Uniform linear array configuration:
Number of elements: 4
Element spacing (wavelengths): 0.25
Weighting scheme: blackman
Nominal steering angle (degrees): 15
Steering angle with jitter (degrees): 16.438
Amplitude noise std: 0.05
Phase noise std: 0.05

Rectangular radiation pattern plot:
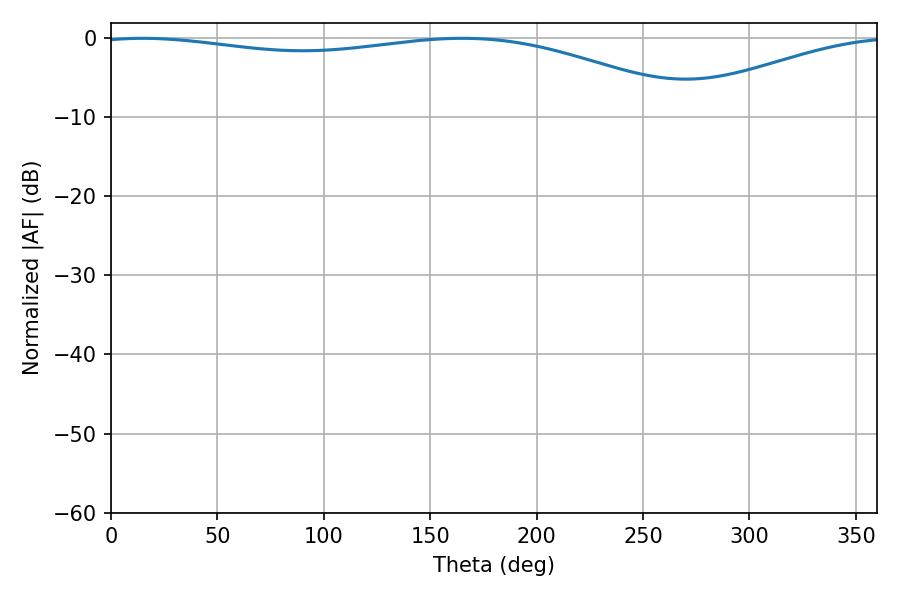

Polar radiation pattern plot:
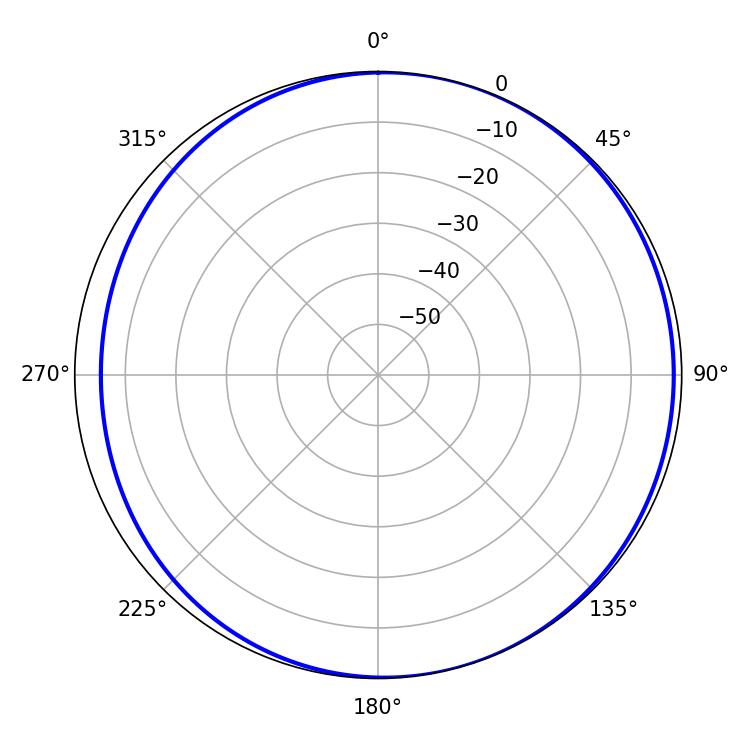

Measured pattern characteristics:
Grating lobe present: FALSE
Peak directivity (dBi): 4.577
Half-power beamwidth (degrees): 228.06
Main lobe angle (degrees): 14.76